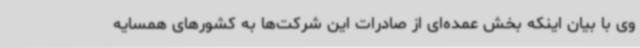
وی با بیان اینکه بخش عمده‌ای از صادرات این شرکت‌ها به کشورهای همسایه